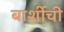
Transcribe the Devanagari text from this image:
बार्शीची